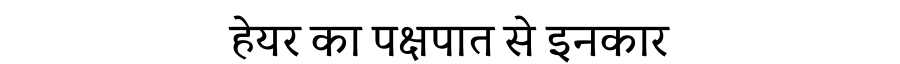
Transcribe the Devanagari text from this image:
हेयर का पक्षपात से इनकार